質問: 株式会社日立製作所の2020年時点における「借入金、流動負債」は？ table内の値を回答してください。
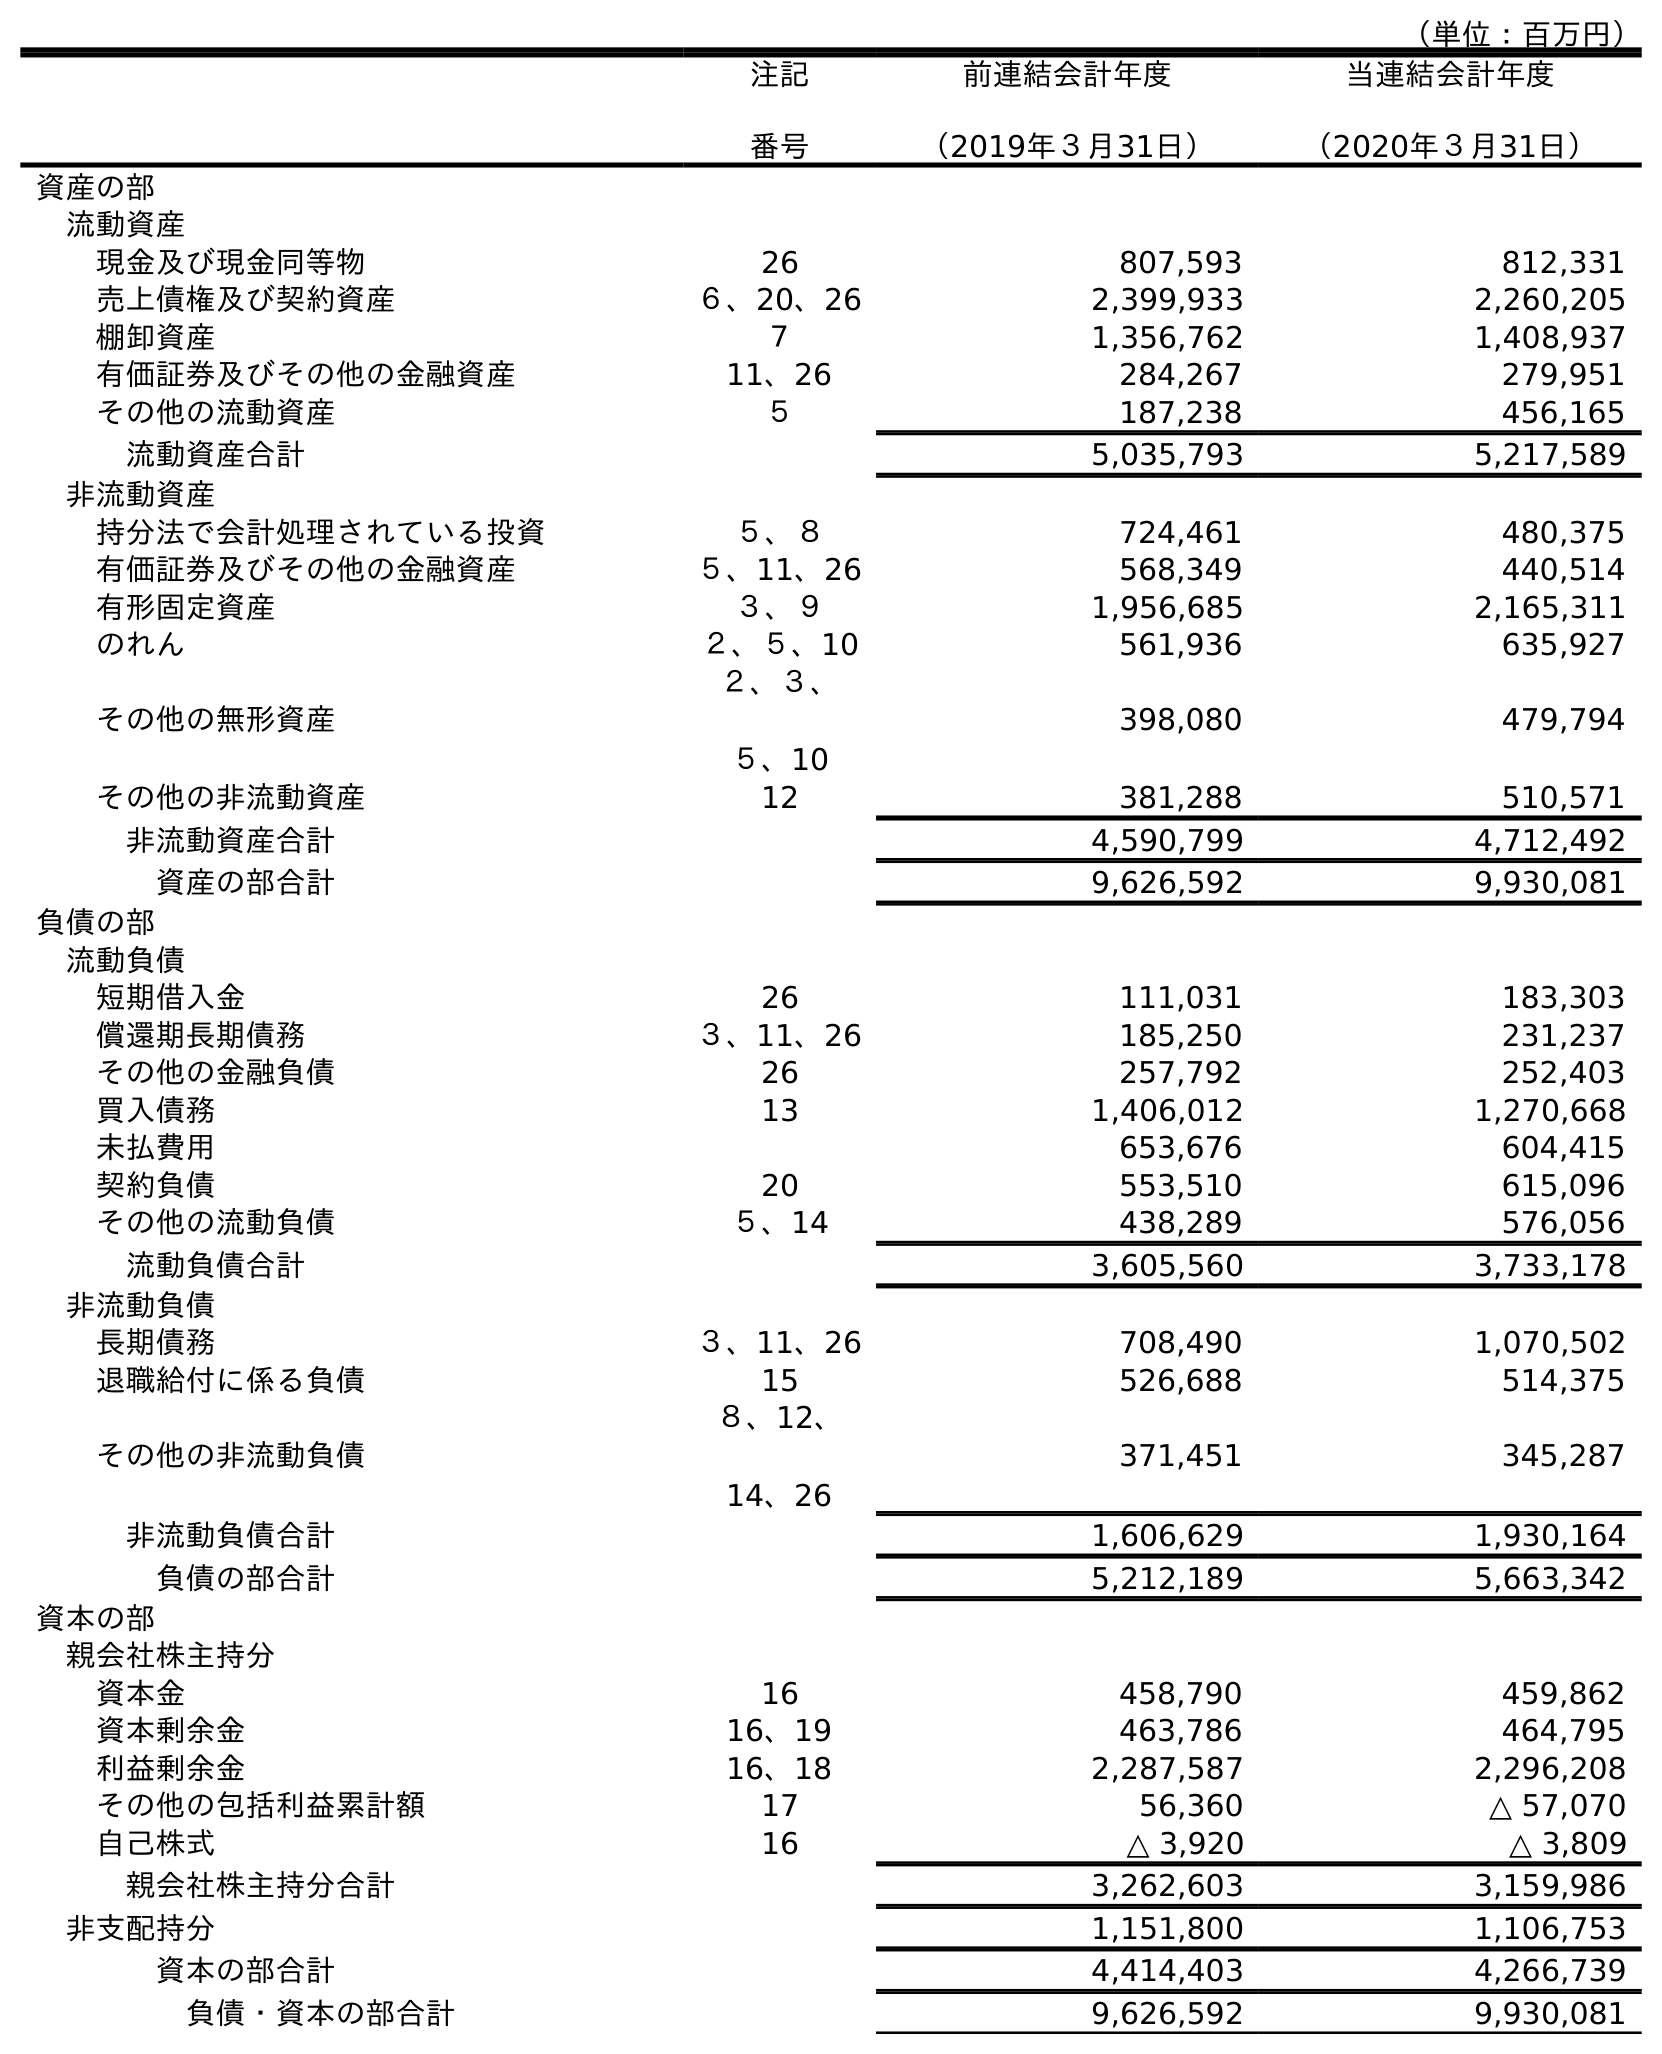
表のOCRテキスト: （単位：百万円） 注記 番号 前連結会計年度 （2019年３月31日） 当連結会計年度 （2020年３月31日） 資産の部 流動資産 現金及び現金同等物 26 807,593 812,331 売上債権及び契約資産 ６、20、26 2,399,933 2,260,205 棚卸資産 ７ 1,356,762 1,408,937 有価証券及びその他の金融資産 11、26 284,267 279,951 その他の流動資産 ５ 187,238 456,165 流動資産合計 5,035,793 5,217,589 非流動資産 持分法で会計処理されている投資 ５、８ 724,461 480,375 有価証券及びその他の金融資産 ５、11、26 568,349 440,514 有形固定資産 ３、９ 1,956,685 2,165,311 のれん ２、５、10 561,936 635,927 その他の無形資産 ２、３、 ５、10 398,080 479,794 その他の非流動資産 12 381,288 510,571 非流動資産合計 4,590,799 4,712,492 資産の部合計 9,626,592 9,930,081 負債の部 流動負債 短期借入金 26 111,031 183,303 償還期長期債務 ３、11、26 185,250 231,237 その他の金融負債 26 257,792 252,403 買入債務 13 1,406,012 1,270,668 未払費用 653,676 604,415 契約負債 20 553,510 615,096 その他の流動負債 ５、14 438,289 576,056 流動負債合計 3,605,560 3,733,178 非流動負債 長期債務 ３、11、26 708,490 1,070,502 退職給付に係る負債 15 526,688 514,375 その他の非流動負債 ８、12、 14、26 371,451 345,287 非流動負債合計 1,606,629 1,930,164 負債の部合計 5,212,189 5,663,342 資本の部 親会社株主持分 資本金 16 458,790 459,862 資本剰余金 16、19 463,786 464,795 利益剰余金 16、18 2,287,587 2,296,208 その他の包括利益累計額 17 56,360 △ 57,070 自己株式 16 △ 3,920 △ 3,809 親会社株主持分合計 3,262,603 3,159,986 非支配持分 1,151,800 1,106,753 資本の部合計 4,414,403 4,266,739 負債・資本の部合計 9,626,592 9,930,081
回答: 183,303